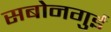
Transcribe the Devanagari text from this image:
सबोनगुई